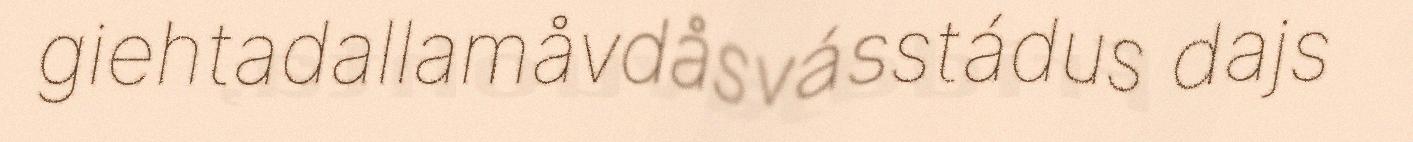
giehtadallamåvdåsvásstádus dajs